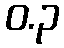
ဝ.၃